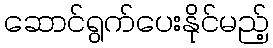
ဆောင်ရွက်ပေးနိုင်မည့်